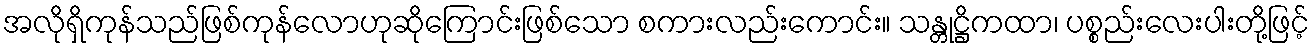
အလိုရှိကုန်သည်ဖြစ်ကုန်လောဟုဆိုကြောင်းဖြစ်သော စကားလည်းကောင်း။ သန္တုဋ္ဌိကထာ၊ ပစ္စည်းလေးပါးတို့ဖြင့်